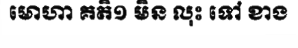
មោហា គតិ១ មិន លុះ ទៅ ខាង